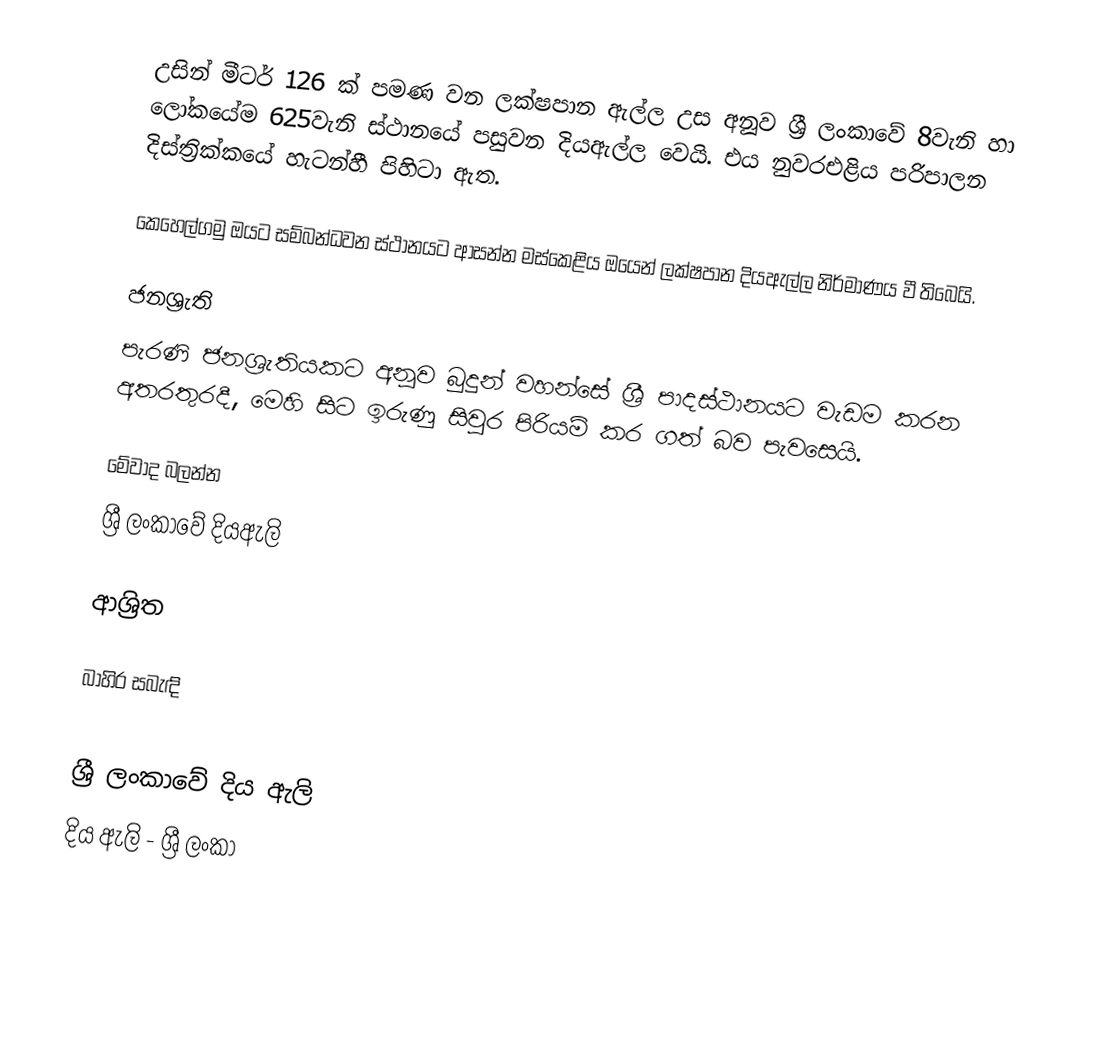
උසින් මීටර් 126 ක් පමණ වන ලක්ෂපාන ඇල්ල උස අනූව ශ්‍රී ලංකාවේ  8වැනි හා ලෝකයේම 625වැනි ස්ථානයේ පසුවන දියඇල්ල වෙයි. එය නුවරඑළිය පරිපාලන දිස්ත්‍රික්කයේ හැටන්හී පිහිටා ඇත.

කෙහෙල්ගමු ඔයට සම්බන්ධවන ස්ථානයට ආසන්න මස්කෙළිය ඔයෙන් ලක්ෂපාන දියඇල්ල නිර්මාණය වී තිබෙයි.

ජනශ්‍රැති
පැරණි ජනශ්‍රැතියකට අනූව බුදුන් වහන්සේ ශ්‍රී පාදස්ථානයට වැඩම කරන අතරතුරදී, මෙහි සිට ඉරුණු සිවුර පිරියම් කර ගත් බව පැවසෙයි.

මේවාද බලන්න
 ශ්‍රී ලංකාවේ දියඇලි

ආශ්‍රිත

බාහිර සබැඳි

ශ්‍රී ලංකාවේ දිය ඇලි
දිය ඇලි - ශ්‍රී ලංකා